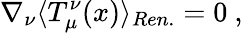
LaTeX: \nabla_{\nu}\langle T_{\mu}^{\nu}(x)\rangle_{Ren.}=0\ ,